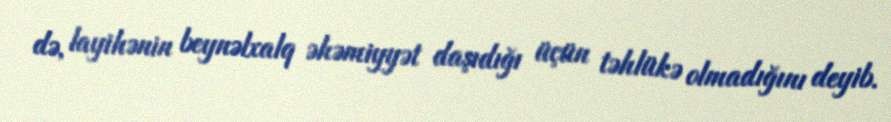
də, layihənin beynəlxalq əhəmiyyət daşıdığı üçün təhlükə olmadığını deyib.